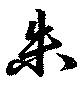
朱